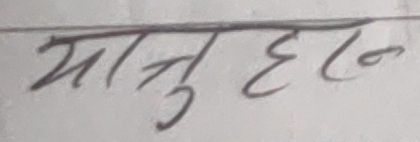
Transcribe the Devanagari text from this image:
मातुहन